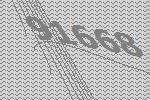
91668